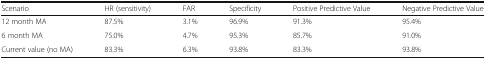
<table><thead><tr><td><b>Scenario</b></td><td><b>HR (sensitivity)</b></td><td><b>FAR</b></td><td><b>Specificity</b></td><td><b>Positive Predictive Value</b></td><td><b>Negative Predictive Value</b></td></tr></thead><tbody><tr><td>12 month MA</td><td>87.5%</td><td>3.1%</td><td>96.9%</td><td>91.3%</td><td>95.4%</td></tr><tr><td>6 month MA</td><td>75.0%</td><td>4.7%</td><td>95.3%</td><td>85.7%</td><td>91.0%</td></tr><tr><td>Current value (no MA)</td><td>83.3%</td><td>6.3%</td><td>93.8%</td><td>83.3%</td><td>93.8%</td></tr></tbody></table>